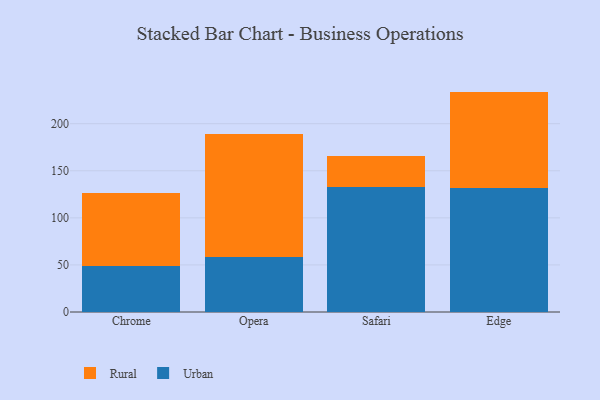
{"axis": {"x": "Browser", "y": "Budget (USD K)"}, "legend": ["Rural", "Urban"], "data": [{"x": "Chrome", "y": 48.9, "type": "Urban"}, {"x": "Chrome", "y": 77.7, "type": "Rural"}, {"x": "Opera", "y": 58.6, "type": "Urban"}, {"x": "Opera", "y": 130.1, "type": "Rural"}, {"x": "Safari", "y": 132.8, "type": "Urban"}, {"x": "Safari", "y": 32.7, "type": "Rural"}, {"x": "Edge", "y": 131.9, "type": "Urban"}, {"x": "Edge", "y": 102.2, "type": "Rural"}]}